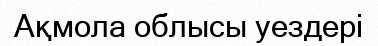
Ақмола облысы уездері